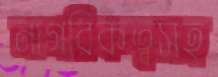
নাগরিকত্বসহ